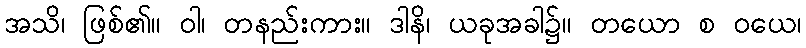
အသိ၊ ဖြစ်၏။ ဝါ၊ တနည်းကား။ ဒါနိ၊ ယခုအခါ၌။ တယော စ ဝယေ၊